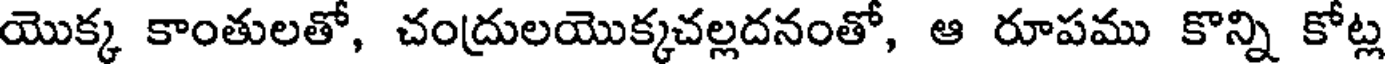
యొక్క కాంతులతో, చంద్రులయొక్కచల్లదనంతో, ఆ రూపము కొన్ని కోట్ల